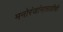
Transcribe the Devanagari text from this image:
मनोरंजांनासाठीची